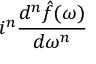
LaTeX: i ^ { n } { \frac { d ^ { n } { \hat { f } } ( \omega ) } { d \omega ^ { n } } }